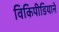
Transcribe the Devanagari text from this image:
विकिपीडियाने